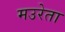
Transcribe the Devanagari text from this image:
मउरेता